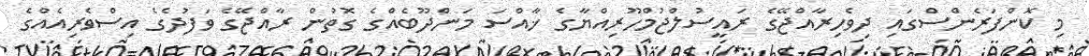
މި ކޮންފަރެންސްގައި ދިވެހިރާއްޖޭގެ ރައީސުލްޖުމްހޫރިއްޔާގެ ޚާއްސަ މަންދޫބެއްގެ ގޮތުން ރާއްޖޭގެ ވަފުދެގެ އިސްވެރިއެއްގެ